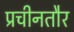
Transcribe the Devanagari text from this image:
प्रचीनतौर